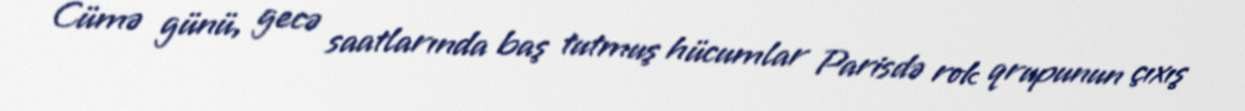
Cümə günü, gecə saatlarında baş tutmuş hücumlar Parisdə rok qrupunun çıxış